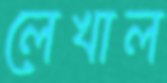
লেখাল